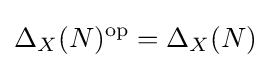
\Delta _{X}(N)^{\operatorname {op} }=\Delta _{X}(N)